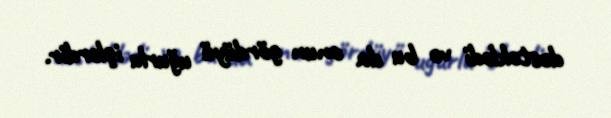
dəstəklədi və bu da onun gördüyü uğurlu işlərdir.